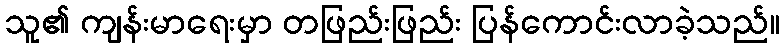
သူ၏ ကျန်းမာရေးမှာ တဖြည်းဖြည်း ပြန်ကောင်းလာခဲ့သည်။